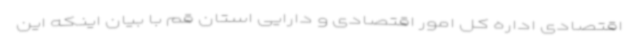
اقتصادی اداره کل امور اقتصادی و دارایی استان قم با بیان اینکه این